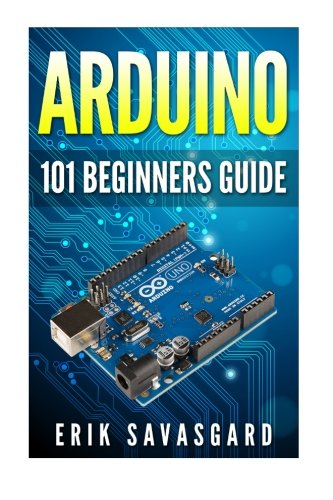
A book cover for Arduino: 101 Beginners Guide: How to get started with Your Arduino (Tips, Tricks, Projects and More!); Erik Savasgard; Computers & Technology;